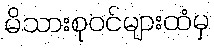
မိသားစုဝင်များထံမှ